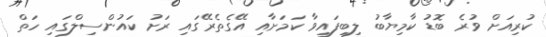
ކުރިއަށް ވުރެ ބޮޑު ކާމިޔާބު ލިބިފައިވާ ކަމަށާއި އޭގެތެރޭގައި ރަށު ކައުންސިލްގައި ހަތް